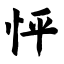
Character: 怦